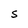
Character: S